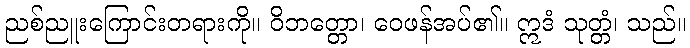
ညစ်ညူးကြောင်းတရားကို။ ဝိဘတ္တော၊ ဝေဖန်အပ်၏။ ဣဒံ သုတ္တံ၊ သည်။